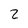
Character: 2